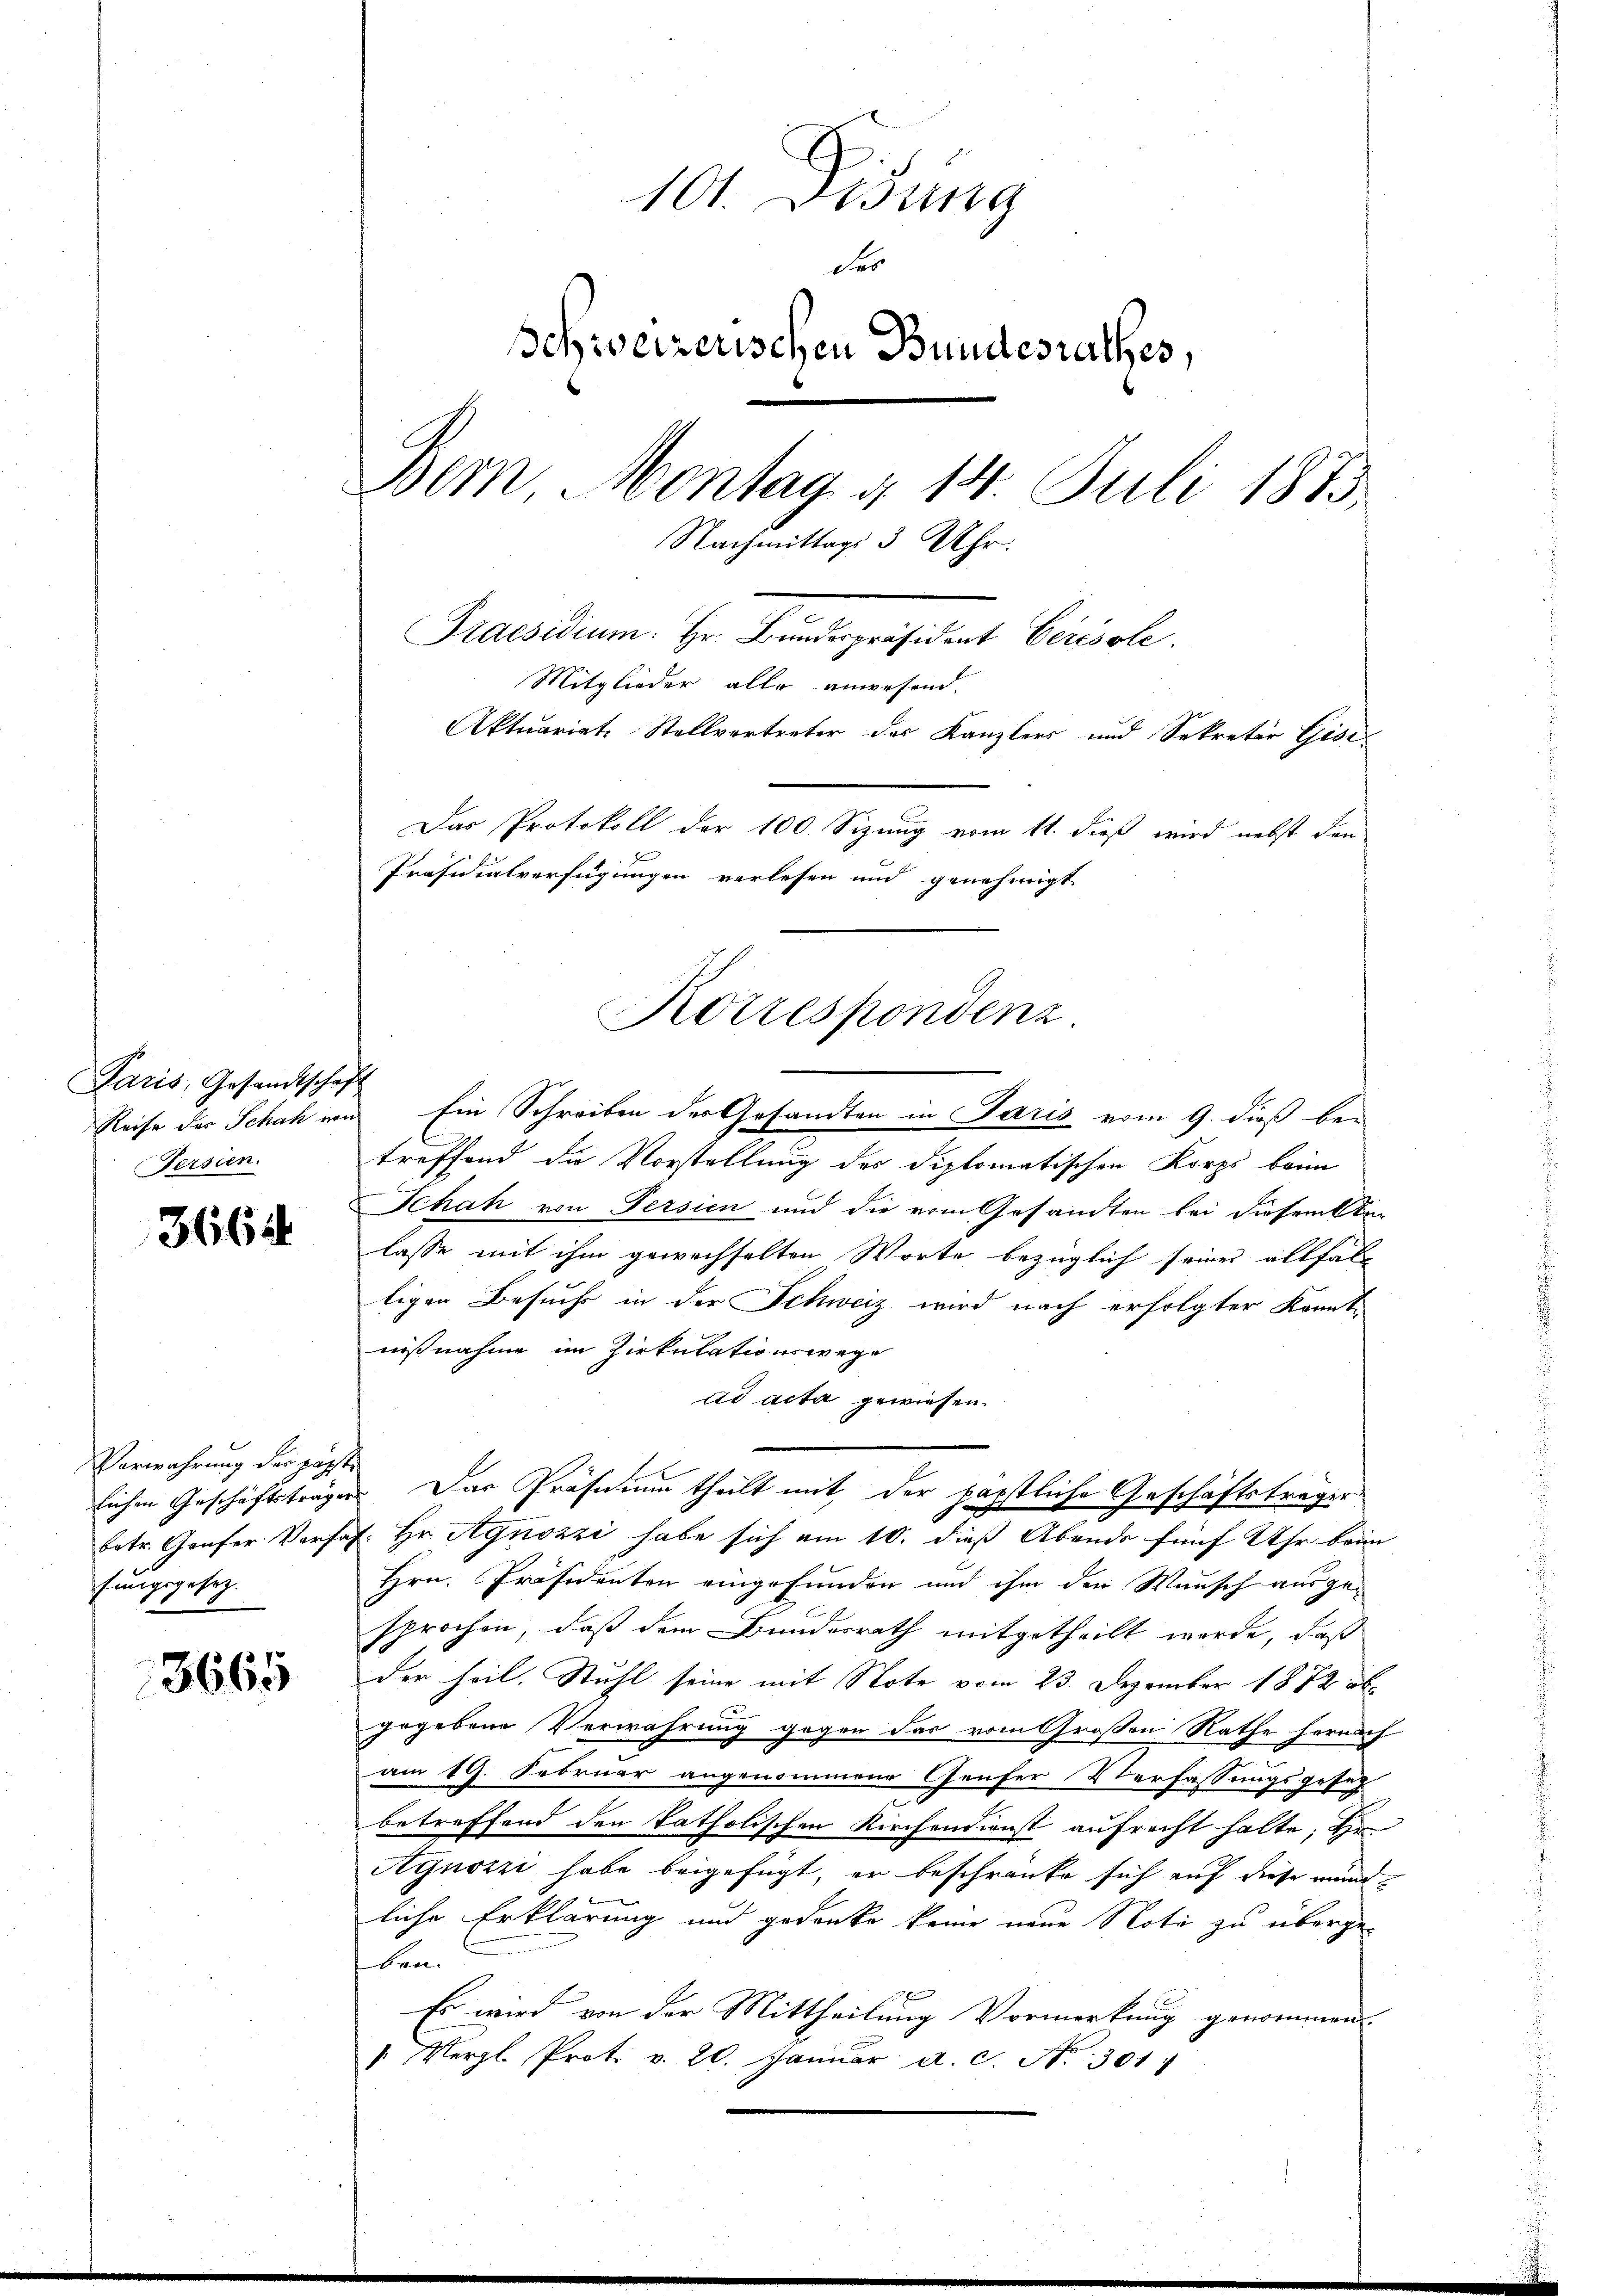
Paris, Gesandtschaft
Reise des Schah er
Fersien.

3664

3665

101. Desung
des
Schweizerischen Bundesrathes,
Dem Montag d. 14. Juli 1875
Nachmittags 3 Uhr.
Praesidium. Er Bundespräsident Cörisole
Mitglieder alle anwesend.
Aktuariats Stellvertreter des Kanzlers und Sekretär Gisi¬
Das Protokoll der 100. Sizung vom 11. dieß wird nebst den
Präsidialverfügungen verlesen und genehmigt

Verwahrung der päpst
lichen Geschäftsträger
fungsgesez

Korrespondenz.

n Ein Schreiben der Gesandten in Paris vom 9. dieß betreffend die Vorstellung des diplomatischen Korps beim
Schah von Persien und die vom Gesandten bei diesem Sti
lasse mit ihm gewechselten Worte bezüglich seines allfal-
ligen Besuche in der Schweiz wird nach erfolgter Kannt-
nißnahme im Zirkulationswege
ad acta gewiesen.
Das Präsidium theilt mit, der päpstliche Geschäftsträger
betr. Grafer Vorsat. Hr. Agnozzi habe sich am 10. dieß Abends fünf Uhr beim
Hrn. Präsidenten eingefunden und ihm den Wunsch ausgesprochen, daß dem Bundesrath mitgetheilt werde, daß
der heil. Stuhl seine mit Note vom 23. Dezember 1872 ab
.
gegebene Verwahrung gegen das vom Großen Rathe hernach
am 19. Februar angenommene Genfer Verfassungsgesez
betreffend den katholischen Kirchendienst aufrecht halte; Ein
Agnoszi habe beigefügt, er beschränke sich auf diese mind
liche Erklärung und gedanke keine neue Note zu übergeben.
Es wird von der Mittheilung Vormerkung genommen
: Merzl. Prot. v. 20. Janŭar a.c. No 301